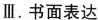
Ⅲ。书面表达